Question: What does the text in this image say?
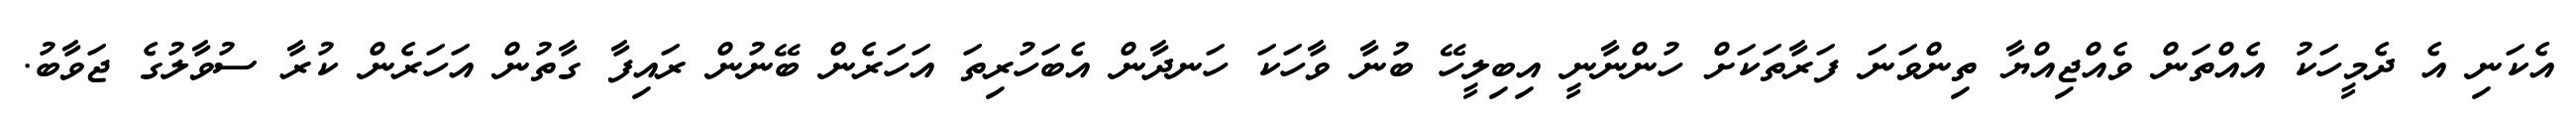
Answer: އެކަނި އެ ދެމީހަކު އެއްތަން ވެއްޖިއްޔާ ތިންވަނަ ފަރާތަކަށް ހުންނާނީ އިބިލީހޭ ބުނާ ވާހަކަ ހަނދާން އެބަހުރިތަ އަހަރެން ބޭނުން ރައިފާ ގާތުން އަހަރެން ކުރާ ސުވާލުގެ ޖަވާބު.